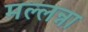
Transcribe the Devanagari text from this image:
मल्लन्ना